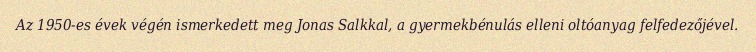
Az 1950-es évek végén ismerkedett meg Jonas Salkkal, a gyermekbénulás elleni oltóanyag felfedezőjével.